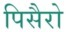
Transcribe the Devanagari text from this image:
पिसैरो